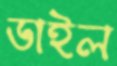
ডাইল